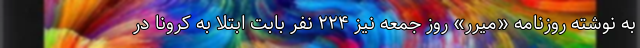
به نوشته روزنامه «میرر» روز جمعه نیز ۲۲۴ نفر بابت ابتلا به کرونا در